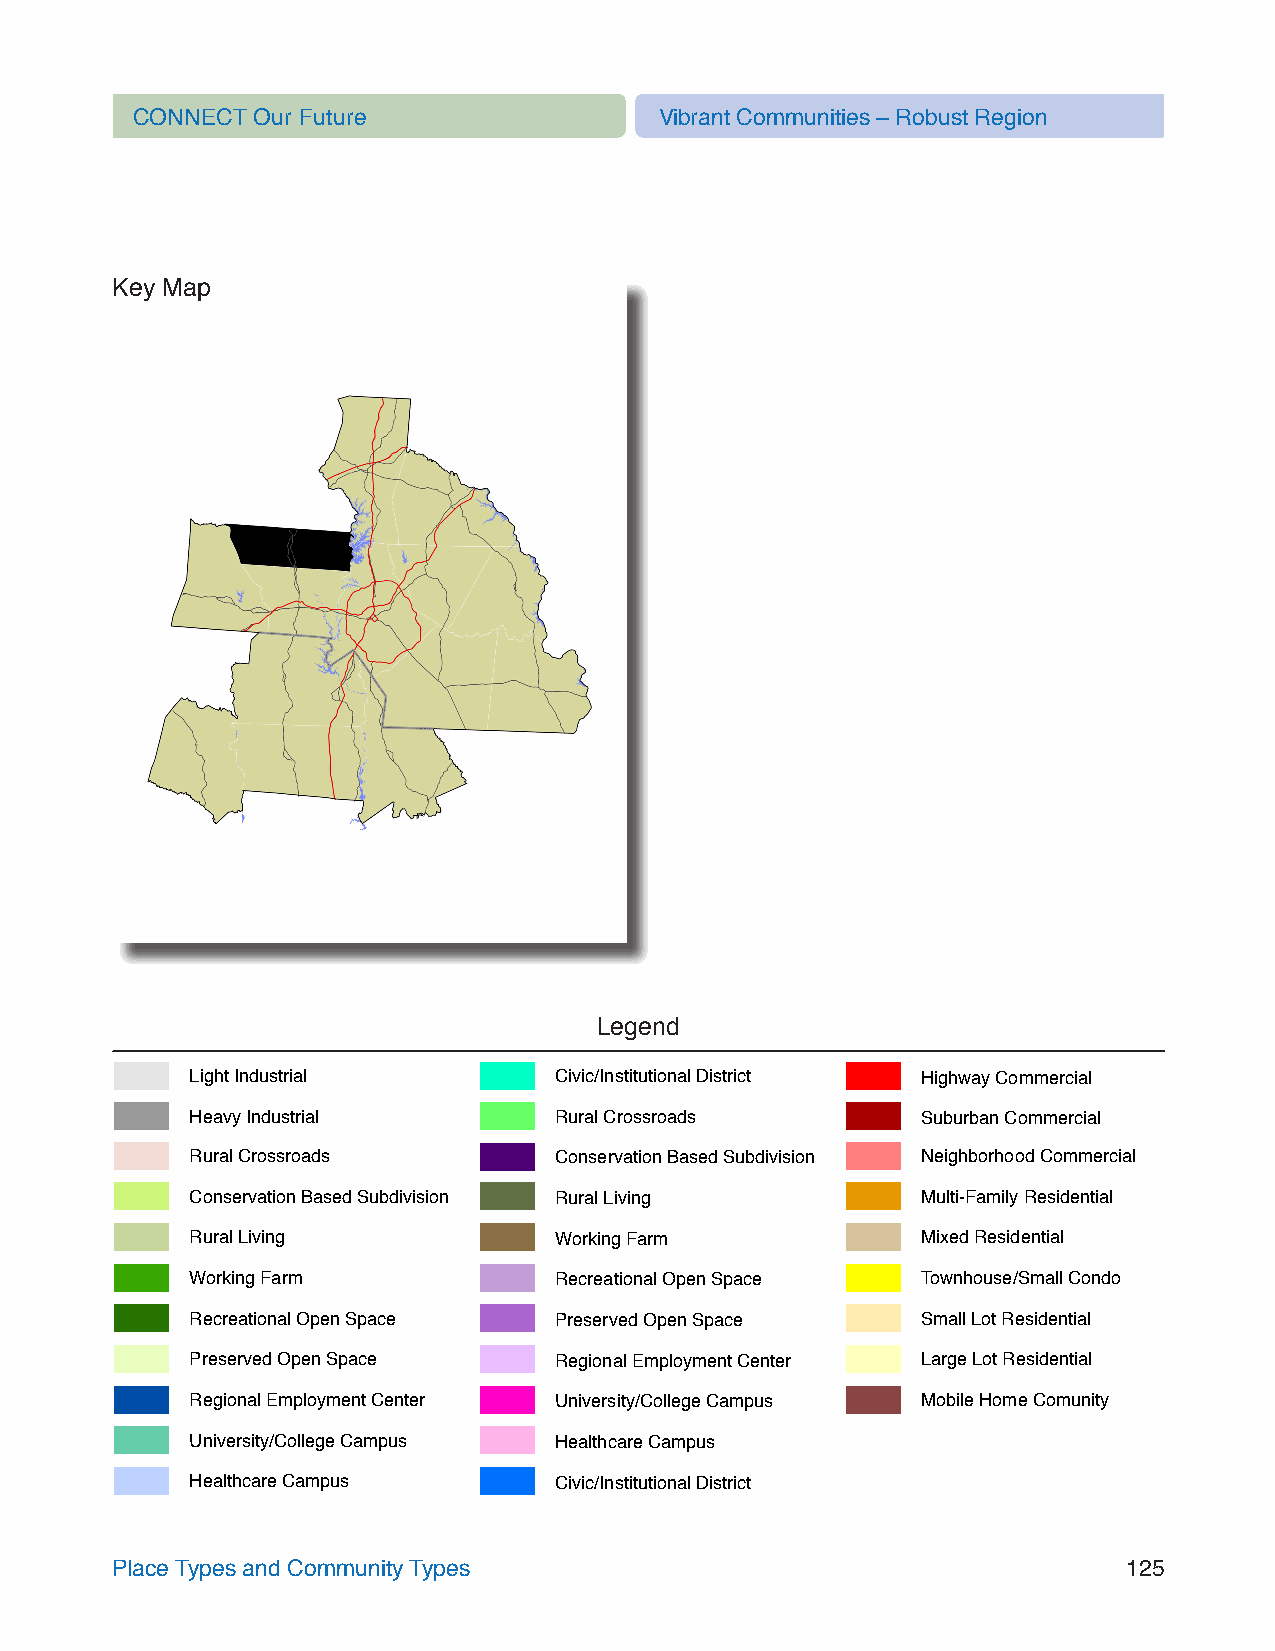
CONNECT Our Future                 Vibrant Communities – Robust Region
 Key Map
 Legend
 Light Industrial        Civic/Institutional District Highway Commercial
 Heavy Industrial        Rural Crossroads        Suburban Commercial
 Rural Crossroads        Conservation Based Subdivision Neighborhood Commercial
 Conservation Based Subdivision Rural Living     Multi-Family Residential
 Rural Living            Working Farm            Mixed Residential
 Working Farm            Recreational Open Space Townhouse/Small Condo
 Recreational Open Space Preserved Open Space    Small Lot Residential
 Preserved Open Space    Regional Employment Center Large Lot Residential
 Regional Employment Center University/College Campus Mobile Home Comunity
 University/College Campus Healthcare Campus
 Healthcare Campus       Civic/Institutional District
 Place Types and Community Types                                     125